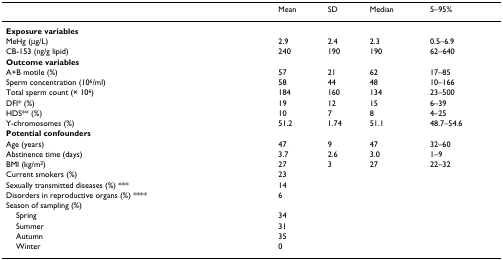
|  | Mean | SD | Median | 5–95% |
 | --- | --- | --- | --- | --- |
 | Exposure variables |  |  |  |  |
 | MeHg (μg/L) | 2.9 | 2.4 | 2.3 | 0.5–6.9 |
 | CB-153 (ng/g lipid) | 240 | 190 | 190 | 62–640 |
 | Outcome variables |  |  |  |  |
 | A+B motile (%) | 57 | 21 | 62 | 17–85 |
 | Sperm concentration (106/ml) | 58 | 44 | 48 | 10–166 |
 | Total sperm count (× 106) | 184 | 160 | 134 | 23–500 |
 | DFI* (%) | 19 | 12 | 15 | 6–39 |
 | HDS** (%) | 10 | 7 | 8 | 4–25 |
 | Y-chromosomes (%) | 51.2 | 1.74 | 51.1 | 48.7–54.6 |
 | Potential confounders |  |  |  |  |
 | Age (years) | 47 | 9 | 47 | 32–60 |
 | Abstinence time (days) | 3.7 | 2.6 | 3.0 | 1–9 |
 | BMI (kg/m2) | 27 | 3 | 27 | 22–32 |
 | Current smokers (%) | 23 |  |  |  |
 | Sexually transmitted diseases (%) *** | 14 |  |  |  |
 | Disorders in reproductive organs (%) **** | 6 |  |  |  |
 | Season of sampling (%) |  |  |  |  |
 | Spring | 34 |  |  |  |
 | Summer | 31 |  |  |  |
 | Autumn | 35 |  |  |  |
 | Winter | 0 |  |  |  |